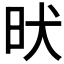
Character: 𣅤